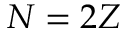
N = 2 Z